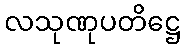
လသုဏုပတိဋ္ဌေ